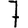
Digit: 7